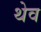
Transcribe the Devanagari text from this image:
थेव